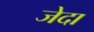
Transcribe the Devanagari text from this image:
जेदा